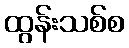
ထွန်းသစ်စ